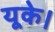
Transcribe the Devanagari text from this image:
यूके।